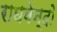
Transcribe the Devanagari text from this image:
राघवेन्दो